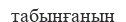
табынғанын